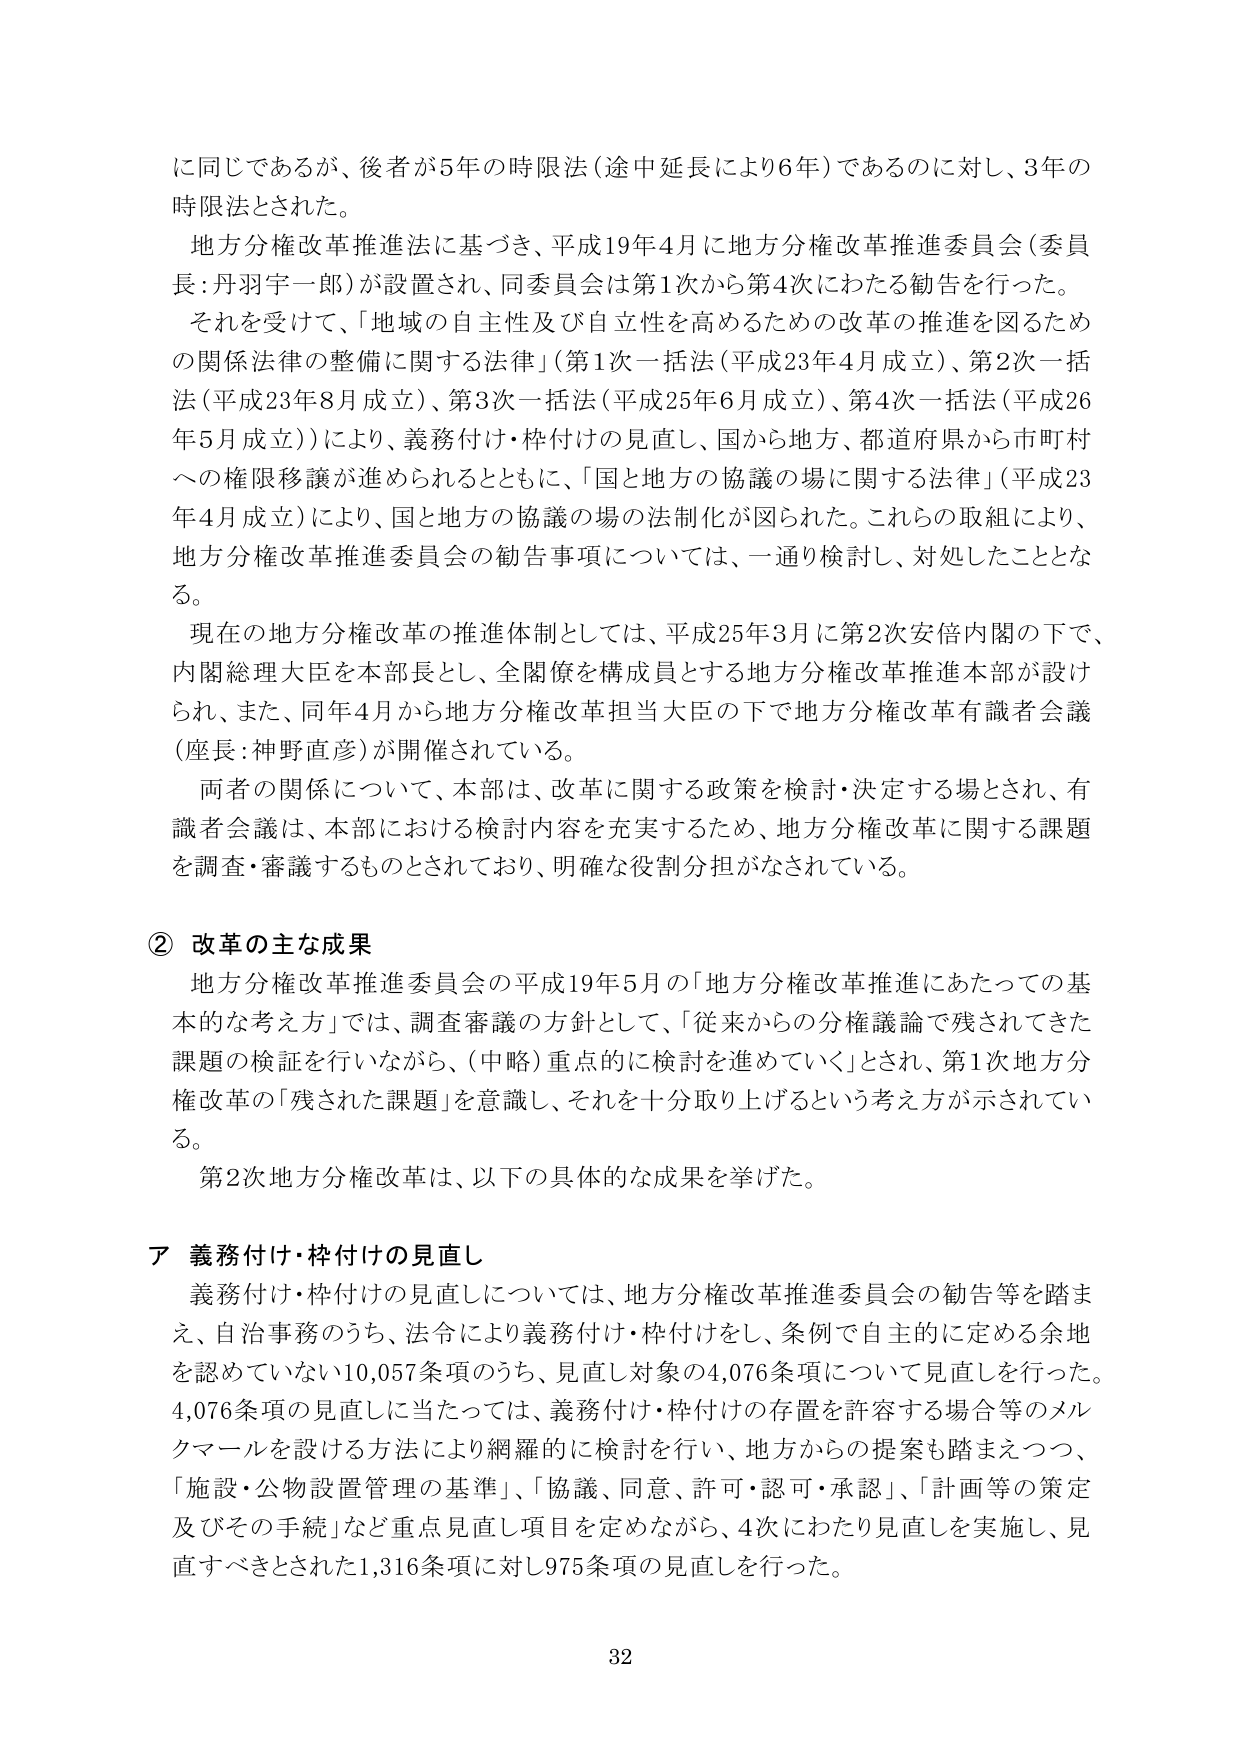
に同じであるが、後者が5年の時限法（途中延長により6年）であるのに対し、3年の時限法とされた。

地方分権改革推進法に基づき、平成19年4月に地方分権改革推進委員会（委員長：丹羽宇一郎）が設置され、同委員会は第1次から第4次にわたる勧告を行った。

それを受けて、「地域の自主性及び自立性を高めるための改革の推進を図るための関係法律の整備に関する法律」（第1次一括法（平成23年4月成立）、第2次一括法（平成23年8月成立）、第3次一括法（平成25年6月成立）、第4次一括法（平成26年5月成立））により、義務付け・枠付けの見直し、国から地方、都道府県から市町村への権限移譲が進められるとともに、「国と地方の協議の場に関する法律」（平成23年4月成立）により、国と地方の協議の場の法制化が図られた。これらの取組により、地方分権改革推進委員会の勧告事項については、一通り検討し、対処したこととなる。

現在の地方分権改革の推進体制としては、平成25年3月に第2次安倍内閣の下で、内閣総理大臣を本部長とし、全閣僚を構成員とする地方分権改革推進本部が設けられ、また、同年4月から地方分権改革担当大臣の下で地方分権改革有識者会議（座長：神野直彦）が開催されている。

両者の関係について、本部は、改革に関する政策を検討・決定する場とされ、有識者会議は、本部における検討内容を充実するため、地方分権改革に関する課題を調査・審議するものとされており、明確な役割分担がなされている。

② 改革の主な成果

地方分権改革推進委員会の平成19年5月の「地方分権改革推進にあたっての基本的な考え方」では、調査審議の方針として、「従来からの分権議論で残されてきた課題の検証を行いながら、（中略）重点的に検討を進めていく」とされ、第1次地方分権改革の「残された課題」を意識し、それを十分取り上げるという考え方が示されている。

第2次地方分権改革は、以下の具体的な成果を挙げた。

ア 義務付け・枠付けの見直し

義務付け・枠付けの見直しについては、地方分権改革推進委員会の勧告等を踏まえ、自治事務のうち、法令により義務付け・枠付けをし、条例で自主的に定める余地を認めていない10,057条項のうち、見直し対象の4,076条項について見直しを行った。4,076条項の見直しに当たっては、義務付け・枠付けの存置を許容する場合等のメルクマールを設ける方法により網羅的に検討を行い、地方からの提案も踏まえつつ、「施設・公物設置管理の基準」、「協議、同意、許可・認可・承認」、「計画等の策定及びその手続」など重点見直し項目を定めながら、4次にわたり見直しを実施し、見直すべきとされた1,316条項に対し975条項の見直しを行った。

32